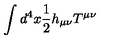
\int d ^ { 4 } x { \frac { 1 } { 2 } } h _ { \mu \nu } T ^ { \mu \nu }